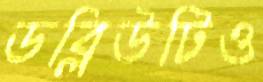
ডব্লিউটিও